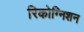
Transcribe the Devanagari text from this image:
रिकोग्निशन